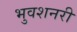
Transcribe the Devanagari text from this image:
भुवशनरी